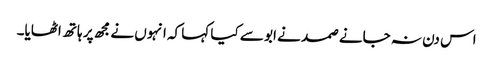
اس دن نہ جانے صمد نے ابو سے کیا کہا کہ انہوں نے مجھ پر ہاتھ اٹھایا۔